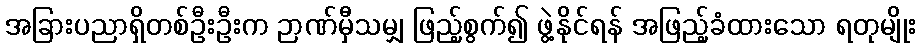
အခြားပညာရှိတစ်ဦးဦးက ဉာဏ်မှီသမျှ ဖြည့်စွက်၍ ဖွဲ့နိုင်ရန် အဖြည့်ခံထားသော ရတုမျိုး